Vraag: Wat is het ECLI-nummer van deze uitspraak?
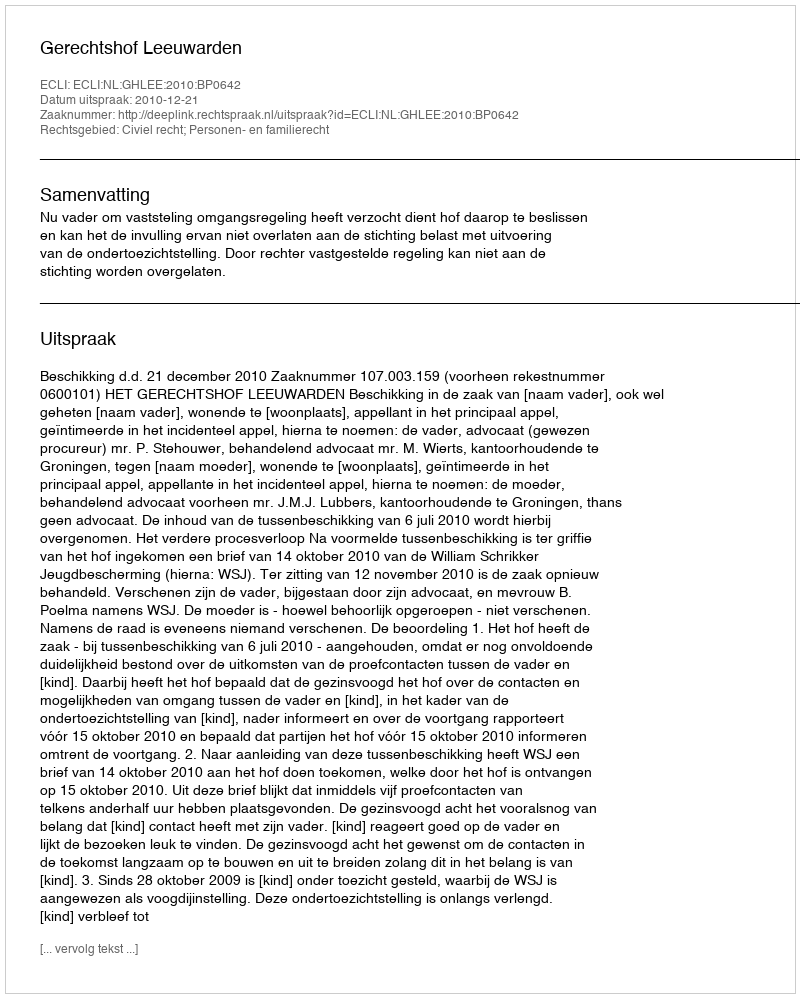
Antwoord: ECLI:NL:GHLEE:2010:BP0642